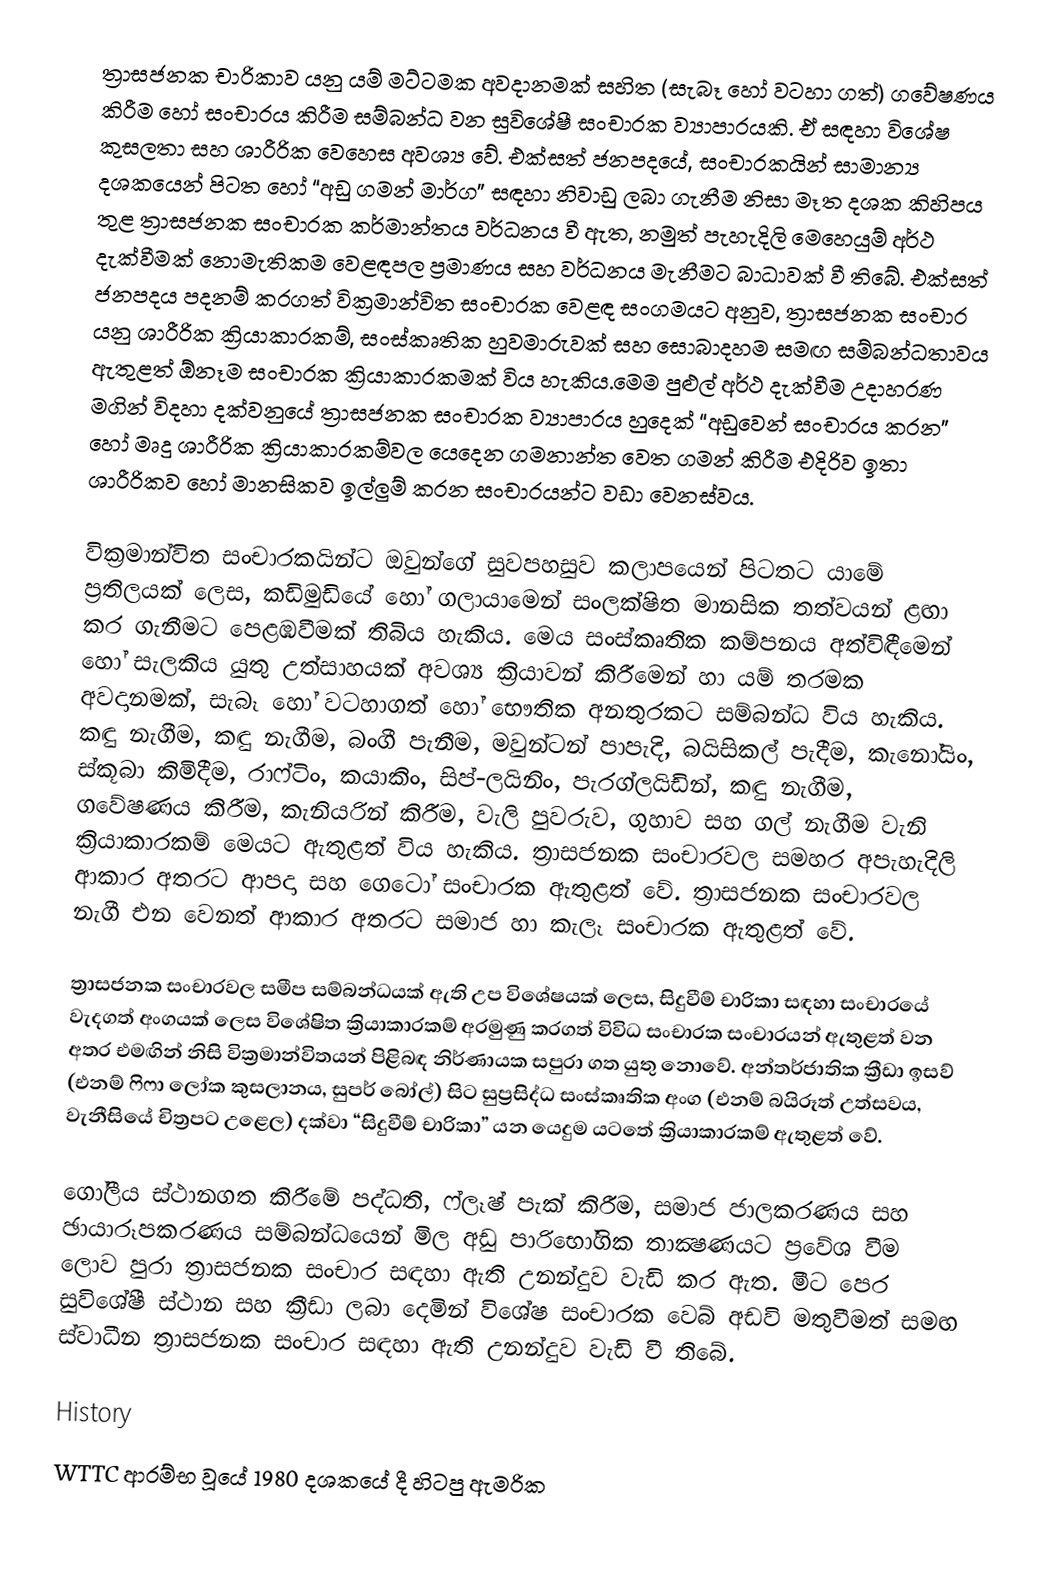
ත්‍රාසජනක චාරිකාව යනු යම් මට්ටමක අවදානමක් සහිත (සැබෑ හෝ වටහා ගත්) ගවේෂණය කිරීම හෝ සංචාරය කිරීම සම්බන්ධ වන සුවිශේෂී සංචාරක ව්‍යාපාරයකි. ඒ සඳහා විශේෂ කුසලතා සහ ශාරීරික වෙහෙස අවශ්‍ය වේ. එක්සත් ජනපදයේ, සංචාරකයින් සාමාන්‍ය දශකයෙන් පිටත හෝ “අඩු ගමන් මාර්ග” සඳහා නිවාඩු ලබා ගැනීම නිසා මෑත දශක කිහිපය තුළ ත්‍රාසජනක සංචාරක කර්මාන්තය වර්ධනය වී ඇත, නමුත් පැහැදිලි මෙහෙයුම් අර්ථ දැක්වීමක් නොමැතිකම වෙළඳපල ප්‍රමාණය සහ වර්ධනය මැනීමට බාධාවක් වී තිබේ. එක්සත් ජනපදය පදනම් කරගත් වික්‍රමාන්විත සංචාරක වෙළඳ සංගමයට අනුව, ත්‍රාසජනක සංචාර යනු ශාරීරික ක්‍රියාකාරකම්, සංස්කෘතික හුවමාරුවක් සහ සොබාදහම සමඟ සම්බන්ධතාවය ඇතුළත් ඕනෑම සංචාරක ක්‍රියාකාරකමක් විය හැකිය.මෙම පුළුල් අර්ථ දැක්වීම උදාහරණ මගින් විදහා දක්වනුයේ ත්‍රාසජනක සංචාරක ව්‍යාපාරය හුදෙක් “අඩුවෙන් සංචාරය කරන” හෝ මෘදු ශාරීරික ක්‍රියාකාරකම්වල යෙදෙන ගමනාන්ත වෙත ගමන් කිරීම එදිරිව ඉතා ශාරීරිකව හෝ මානසිකව ඉල්ලුම් කරන සංචාරයන්ට වඩා වෙනස්වය.

වික්‍රමාන්විත සංචාරකයින්ට ඔවුන්ගේ සුවපහසුව කලාපයෙන් පිටතට යාමේ ප්‍රතිලයක් ලෙස, කඩිමුඩියේ හෝ ගලායාමෙන් සංලක්ෂිත මානසික තත්වයන් ළඟා කර ගැනීමට පෙළඹවීමක් තිබිය හැකිය. මෙය සංස්කෘතික කම්පනය අත්විඳීමෙන් හෝ සැලකිය යුතු උත්සාහයක් අවශ්‍ය ක්‍රියාවන් කිරීමෙන් හා යම් තරමක අවදානමක්, සැබෑ හෝ වටහාගත් හෝ භෞතික අනතුරකට සම්බන්ධ විය හැකිය. කඳු නැගීම, කඳු නැගීම, බංගී පැනීම, මවුන්ටන් පාපැදි, බයිසිකල් පැදීම, කැනෝයිං, ස්කූබා කිමිදීම, රාෆ්ටිං, කයාකිං, සිප්-ලයිනිං, පැරග්ලයිඩින්, කඳු නැගීම, ගවේෂණය කිරීම, කැනියරින් කිරීම, වැලි පුවරුව, ගුහාව සහ ගල් නැගීම වැනි ක්‍රියාකාරකම් මෙයට ඇතුළත් විය හැකිය. ත්‍රාසජනක සංචාරවල සමහර අපැහැදිලි ආකාර අතරට ආපදා සහ ගෙටෝ සංචාරක ඇතුළත් වේ. ත්‍රාසජනක සංචාරවල නැගී එන වෙනත් ආකාර අතරට සමාජ හා කැලෑ සංචාරක ඇතුළත් වේ.

ත්‍රාසජනක සංචාරවල සමීප සම්බන්ධයක් ඇති උප විශේෂයක් ලෙස, සිදුවීම් චාරිකා සඳහා සංචාරයේ වැදගත් අංගයක් ලෙස විශේෂිත ක්‍රියාකාරකම් අරමුණු කරගත් විවිධ සංචාරක සංචාරයන් ඇතුළත් වන අතර එමඟින් නිසි වික්‍රමාන්විතයන් පිළිබඳ නිර්ණායක සපුරා ගත යුතු නොවේ. අන්තර්ජාතික ක්‍රීඩා ඉසව් (එනම් ෆිෆා ලෝක කුසලානය, සුපර් බෝල්) සිට සුප්‍රසිද්ධ සංස්කෘතික අංග (එනම් බයිරූත් උත්සවය, වැනීසියේ චිත්‍රපට උළෙල) දක්වා “සිදුවීම් චාරිකා” යන යෙදුම යටතේ ක්‍රියාකාරකම් ඇතුළත් වේ.

ගෝලීය ස්ථානගත කිරීමේ පද්ධති, ෆ්ලෑෂ් පැක් කිරීම, සමාජ ජාලකරණය සහ ඡායාරූපකරණය සම්බන්ධයෙන් මිල අඩු පාරිභෝගික තාක්‍ෂණයට ප්‍රවේශ වීම ලොව පුරා ත්‍රාසජනක සංචාර සඳහා ඇති උනන්දුව වැඩි කර ඇත. මීට පෙර සුවිශේෂී ස්ථාන සහ ක්‍රීඩා ලබා දෙමින් විශේෂ සංචාරක වෙබ් අඩවි මතුවීමත් සමඟ ස්වාධීන ත්‍රාසජනක සංචාර සඳහා ඇති උනන්දුව වැඩි වී තිබේ.

History
WTTC ආරම්භ වූයේ 1980 දශකයේ දී හිටපු ඇමරික